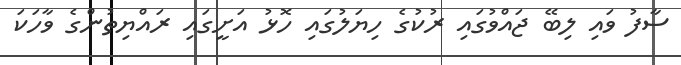
ސާފު ވައި ލިބޭ ޖައްވުގައި ރުކުގެ ހިޔަލުގައި ހޮޅު އަށީގައި ރައްޔިތުންގެ ވާހަކަ